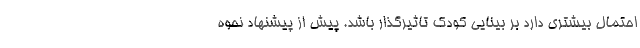
احتمال بیشتری دارد بر بینایی کودک تاثیرگذار باشد. پیش از پیشنهاد نحوه